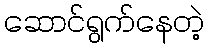
ဆောင်ရွက်နေတဲ့